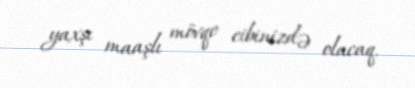
yaxşı maaşlı mövqe cibinizdə olacaq.